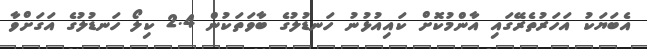
އެބަޔަކު އަހަރުތެރޭގައި އާންމުކޮށް ކައިއުޅުނު ހަނޑުލުގެ ބާވަތަކުން 2.4 ކިލޯ ހަނޑުލުގެ އަގަށްވާ